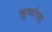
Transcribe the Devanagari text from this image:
खुर्च्यासह